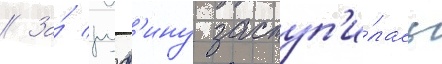
// За́ руф'ину заступ'и́лась